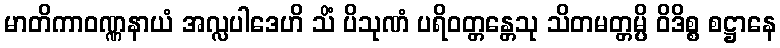
မာတိကာဝဏ္ဏနာယံ အလ္လပါဒေဟိ သိံ ပိသုဏံ ပရိဝတ္တန္တေသု သိတမတ္တမ္ပိ ဝိဒိစ္စ စဋ္ဌာနေ